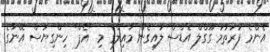
އެންމެ ފުރަތަމަ ގޫގްލް އެޑްސް ލައިގެން މާއިލްގެ މި "އެޕް" ހިންގިޔަސް އޭނާގެ